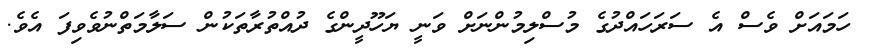
ހަމައަށް ވެސް އެ ސަރަހައްދުގެ މުސްލިމުންނަށް ވަނީ ޔަހޫދީންގެ ދުއްތުރާތަކުން ސަލާމަތްނުވެވިފަ އެވެ.